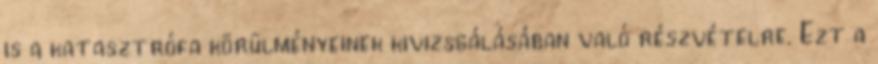
is a katasztrófa körülményeinek kivizsgálásában való részvételre. Ezt a